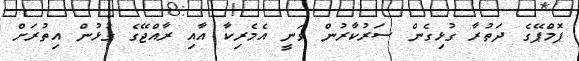
ޕޮމްޕޭގެ ދަތުރާ ގުޅިގެން ސަރުކާރުން ވަނީ އެމެރިކާ އާއި ރާއްޖޭގެ ގުޅުން އިތުރަށް